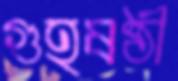
গুহষষ্ঠী